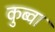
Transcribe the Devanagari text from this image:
कुब्वा